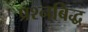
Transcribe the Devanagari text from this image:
प्रश्नबिद्ध